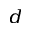
^ { d }